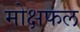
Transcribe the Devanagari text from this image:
मोक्षफल